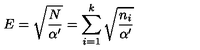
E = \sqrt { \frac { N } { \alpha ^ { \prime } } } = \sum _ { i = 1 } ^ { k } \sqrt { \frac { n _ { i } } { \alpha ^ { \prime } } }